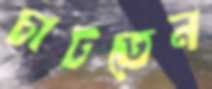
চাটতেন